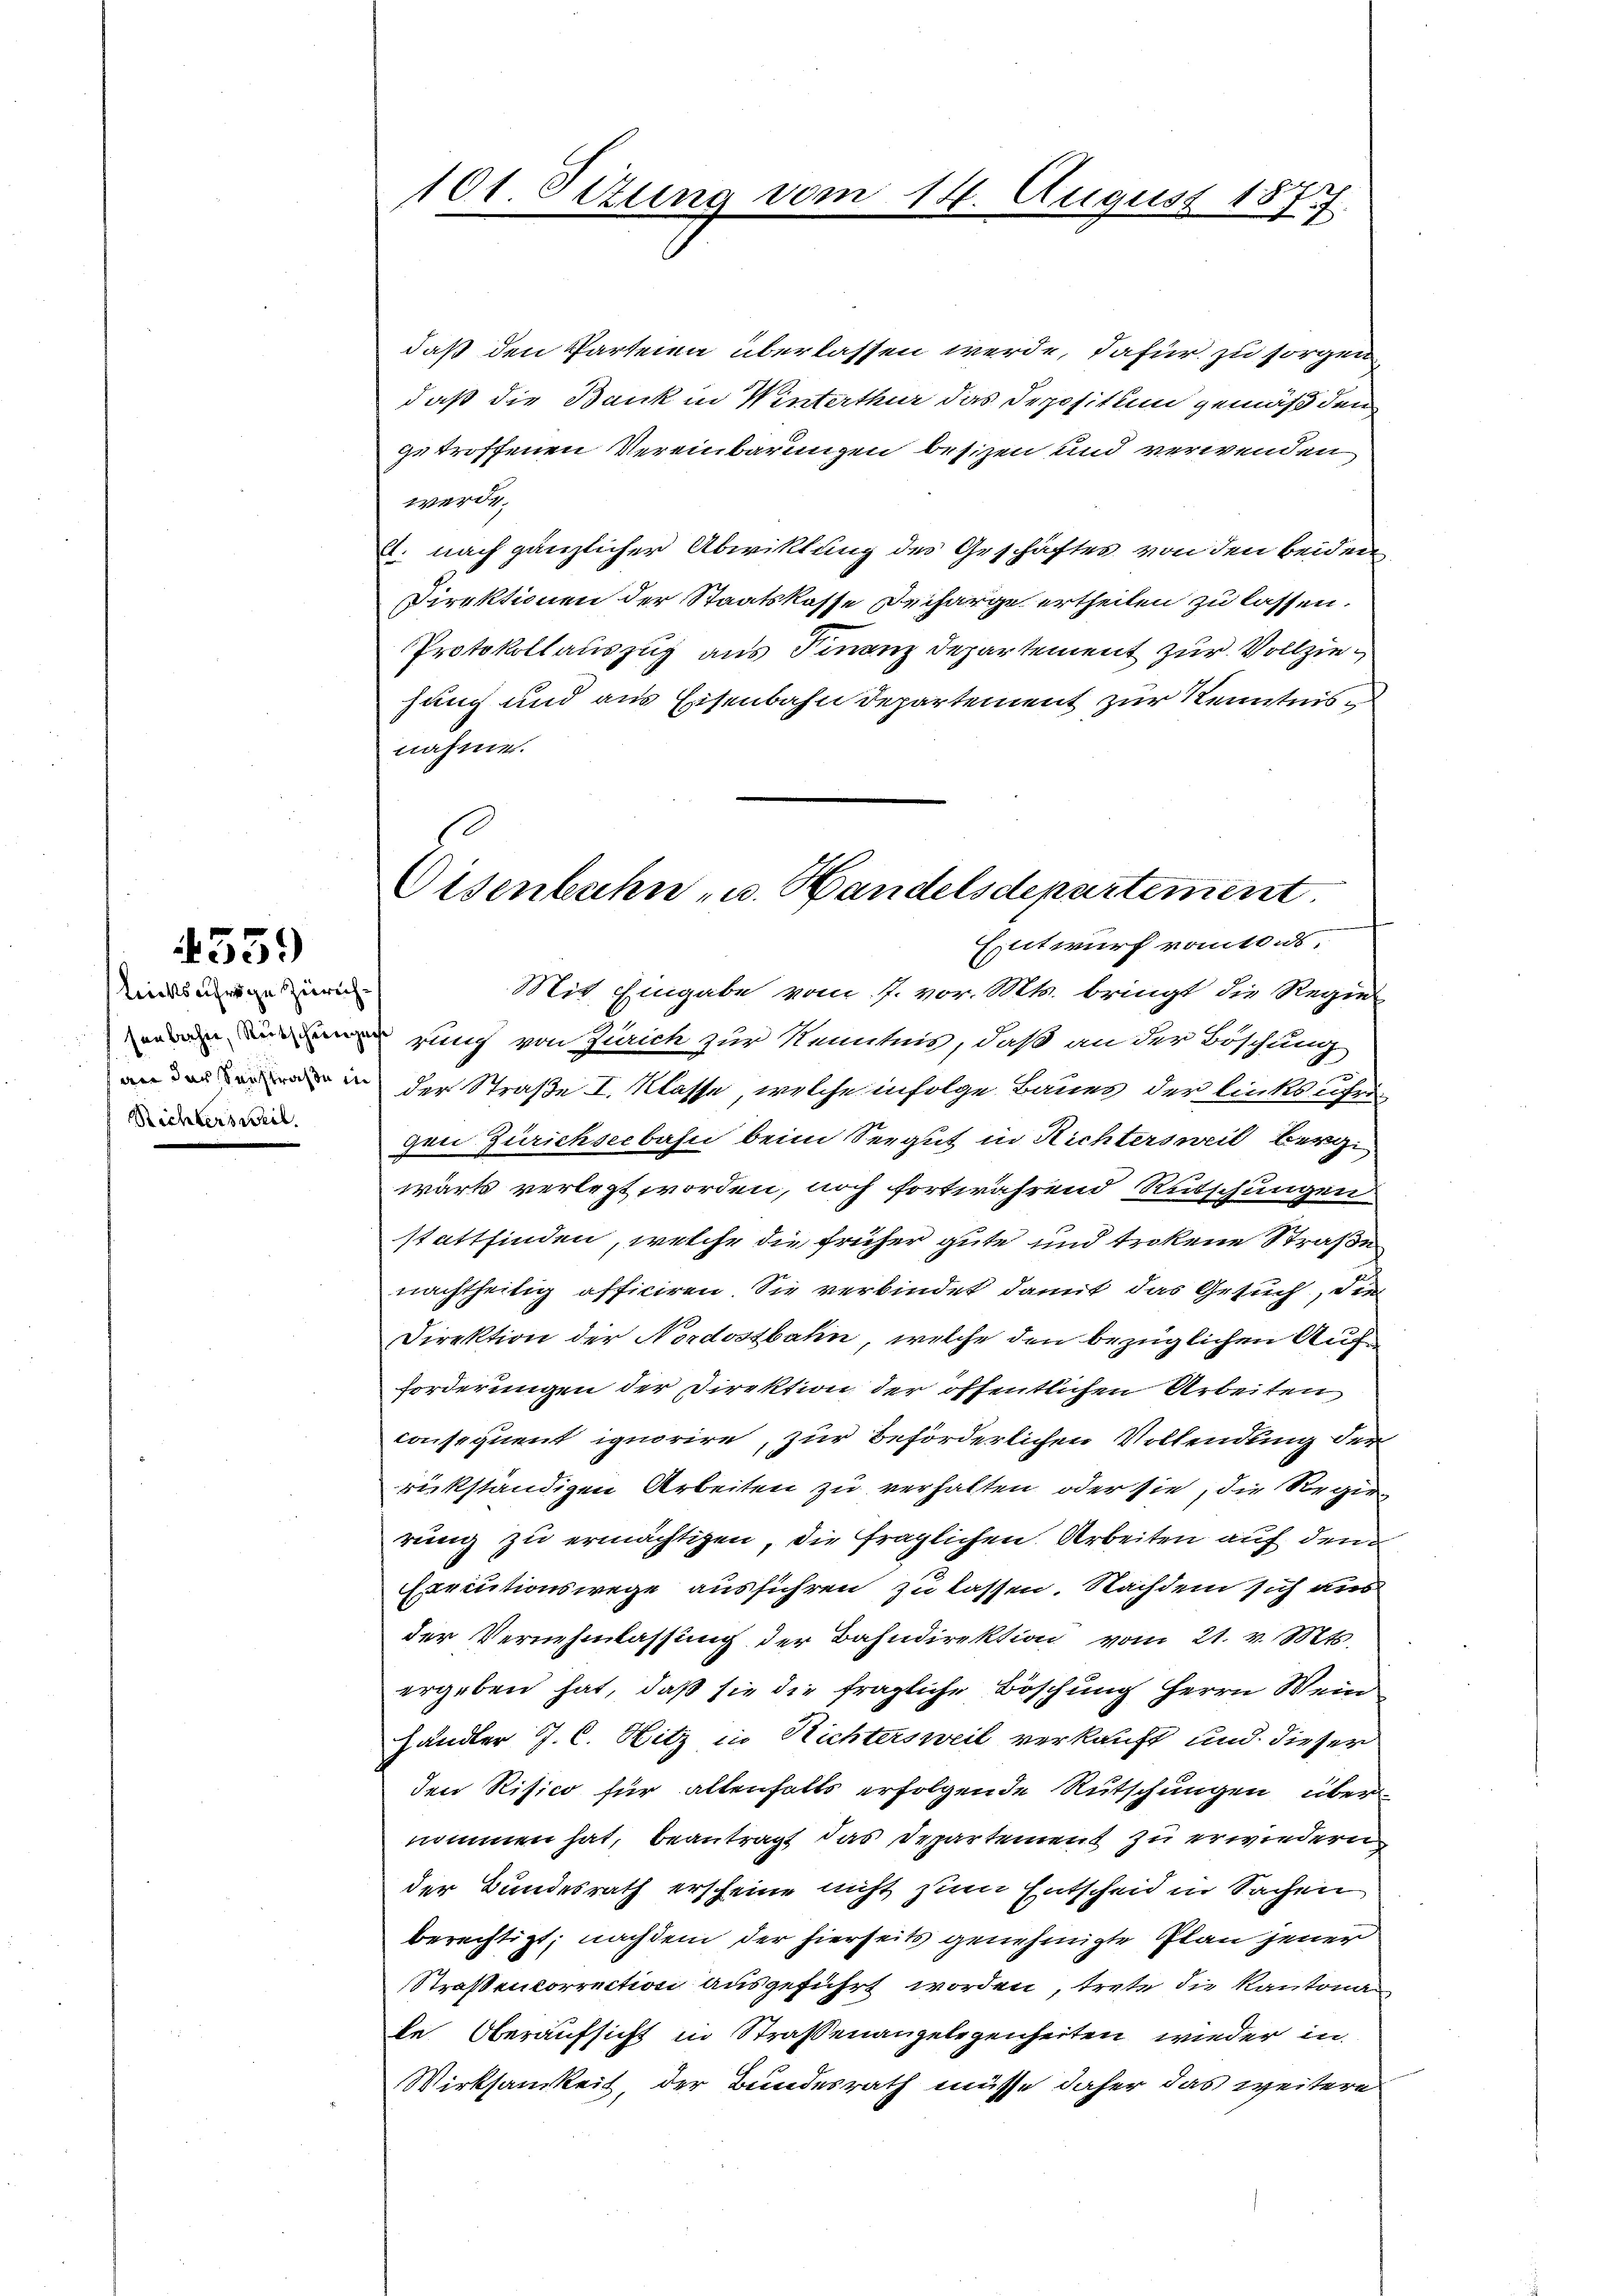
4559

lrichtsufrige Zürich
senbahn, Reitschung
an das Seestraße i
Richtersweil.

101. Setung vom 14. August 1874.

daß den Parteia überlassen werde, dafür, zu sorgen
daß die Bank in Winterthur das Depositum gemäß den
getroffenen Vereinbarungen besizen und verwenden
werde.
A. nach gänzlicher Abwicklung des Geschäftes von den beiden
Direktionen der Staatskasse Decharge ertheilen zu lassen.
Protokollauszug aus Finanz Departement zur Vollziehung und aus Eisenbahn departement zur Kenntnisnahme.
Mit Eingabe vom 7. vor. Mts. bringt die Regie
rung von Zürich zur Kenntnis, daß an der Böschung
der Straße I. Klasse, welche infolge Baues der linksufrigen Zürichseebahn beim Seegut in Richtersweil Bergwärts verletzt worden, noch fortwährend Rutschungen
stattfinden, welche die früher gute und trokene Straße
nachtheilig officiren. Sie verbindet damit das Gesuch, die
Direktion der Nordostbahn, welche den bezüglichen Auf
forderungen der Direktion der öffentlichen Arbeiten
consequent ignorire, zur Beförderlichen Vollendung der
rükständigen Arbeiten zu verhalten oder sie, die Regierung zu ermächtigen, die fraglichen Arbeiten auf den
Executionswege ausführen zu lassen. Nachdem sich aus
der Vernehmlassung der Bahndirektion vom 21. v. Mts.
ergeben hat, daß sie die fragliche Böschung Herrn Wein
händler J. C. Hitz in Richtersweil verkauft und dieser
den Risico für altenfalls erfolgende Rutschungen über
nommen hat, beantragt das Departement zu erwiedern
der Bundesrath erscheine nicht zum Entscheid in Sachen
berechtigt; nachdem der hierseits genehmigte Plan jener
Straßencorrection ausgeführt worden, trete die Kantona
le Oberaufsicht in Straßenangelegenheiten wieder in
Wirksamkeit, der Bundesrath müsse daher das weitere

Eisenbahn- u. Handelsdepartement
Entwurf vom 10. ds.